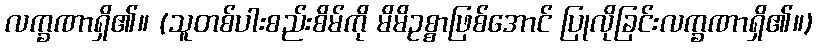
လက္ခဏာရှိ၏။ (သူတစ်ပါးစည်းစိမ်ကို မိမိဥစ္စာဖြစ်အောင် ပြုလိုခြင်းလက္ခဏာရှိ၏။)